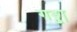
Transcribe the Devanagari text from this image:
गड्ढा़